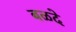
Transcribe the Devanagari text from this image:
बळदे